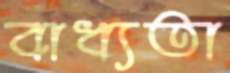
বাধ্যতা